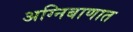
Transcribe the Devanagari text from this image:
अग्निबाणात